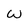
Character: W